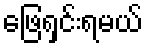
ဖြေရှင်းရမယ်